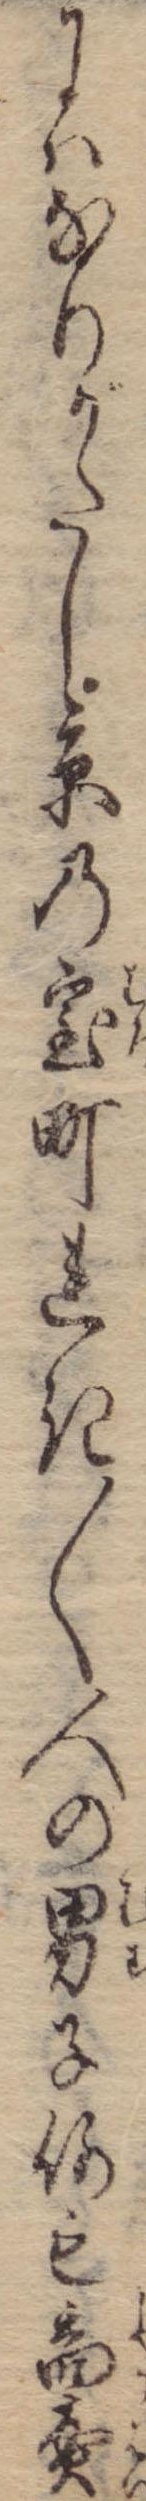
にはなりがたし京の室町れき〱人の男子何も商売